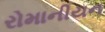
રોમાનીયન